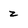
Character: z